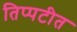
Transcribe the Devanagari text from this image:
तिप्पटीत